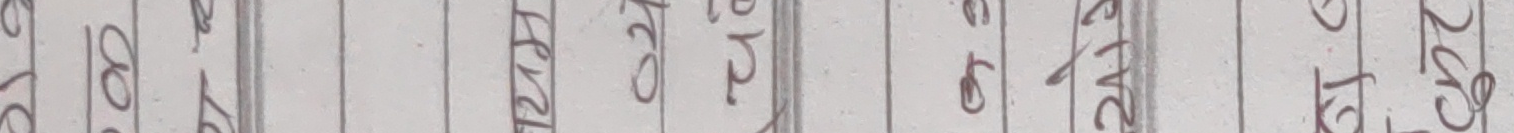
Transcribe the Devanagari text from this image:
७७८०२७९९८९८८११८२५५४५९९२५०८००५४००२४४९५४६९